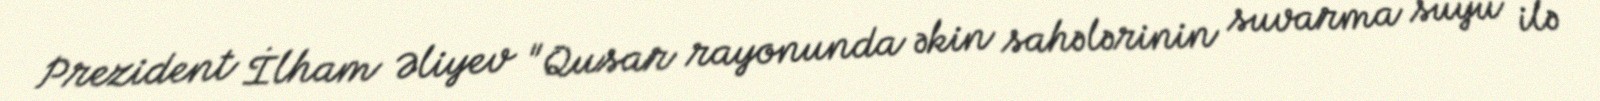
Prezident İlham Əliyev "Qusar rayonunda əkin sahələrinin suvarma suyu ilə